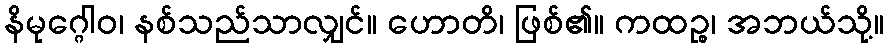
နိမုဂ္ဂေါဝ၊ နစ်သည်သာလျှင်။ ဟောတိ၊ ဖြစ်၏။ ကထဉ္စ၊ အဘယ်သို့။